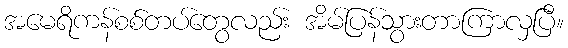
အမေရိကန်စစ်တပ်တွေလည်း အိမ်ပြန်သွားတာကြာလှပြီ။